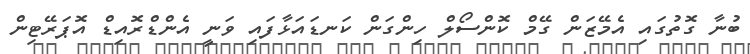
ބުނާ ގޮތުގައި އެމޭޒަން ގޭމް ކޮންސޯލް ހިންގަން ކަނޑައަޅާފައި ވަނީ އެންޑްރޮއިޑް އޮޕަރޭޓިން